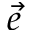
\vec { e }